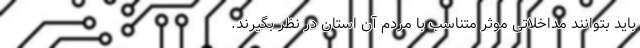
باید بتوانند مداخلاتی موثر متناسب با مردم آن استان در نظر بگیرند.